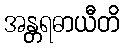
အန္တရဓာယီတိ